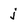
Character: j